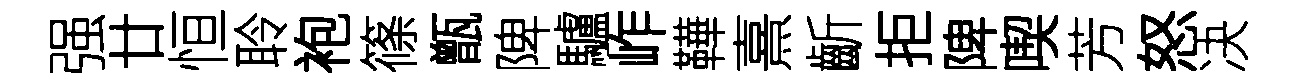
强廿恒聆袍篠甑陴驢岞鞾熹齗拒陴喫芳怒决